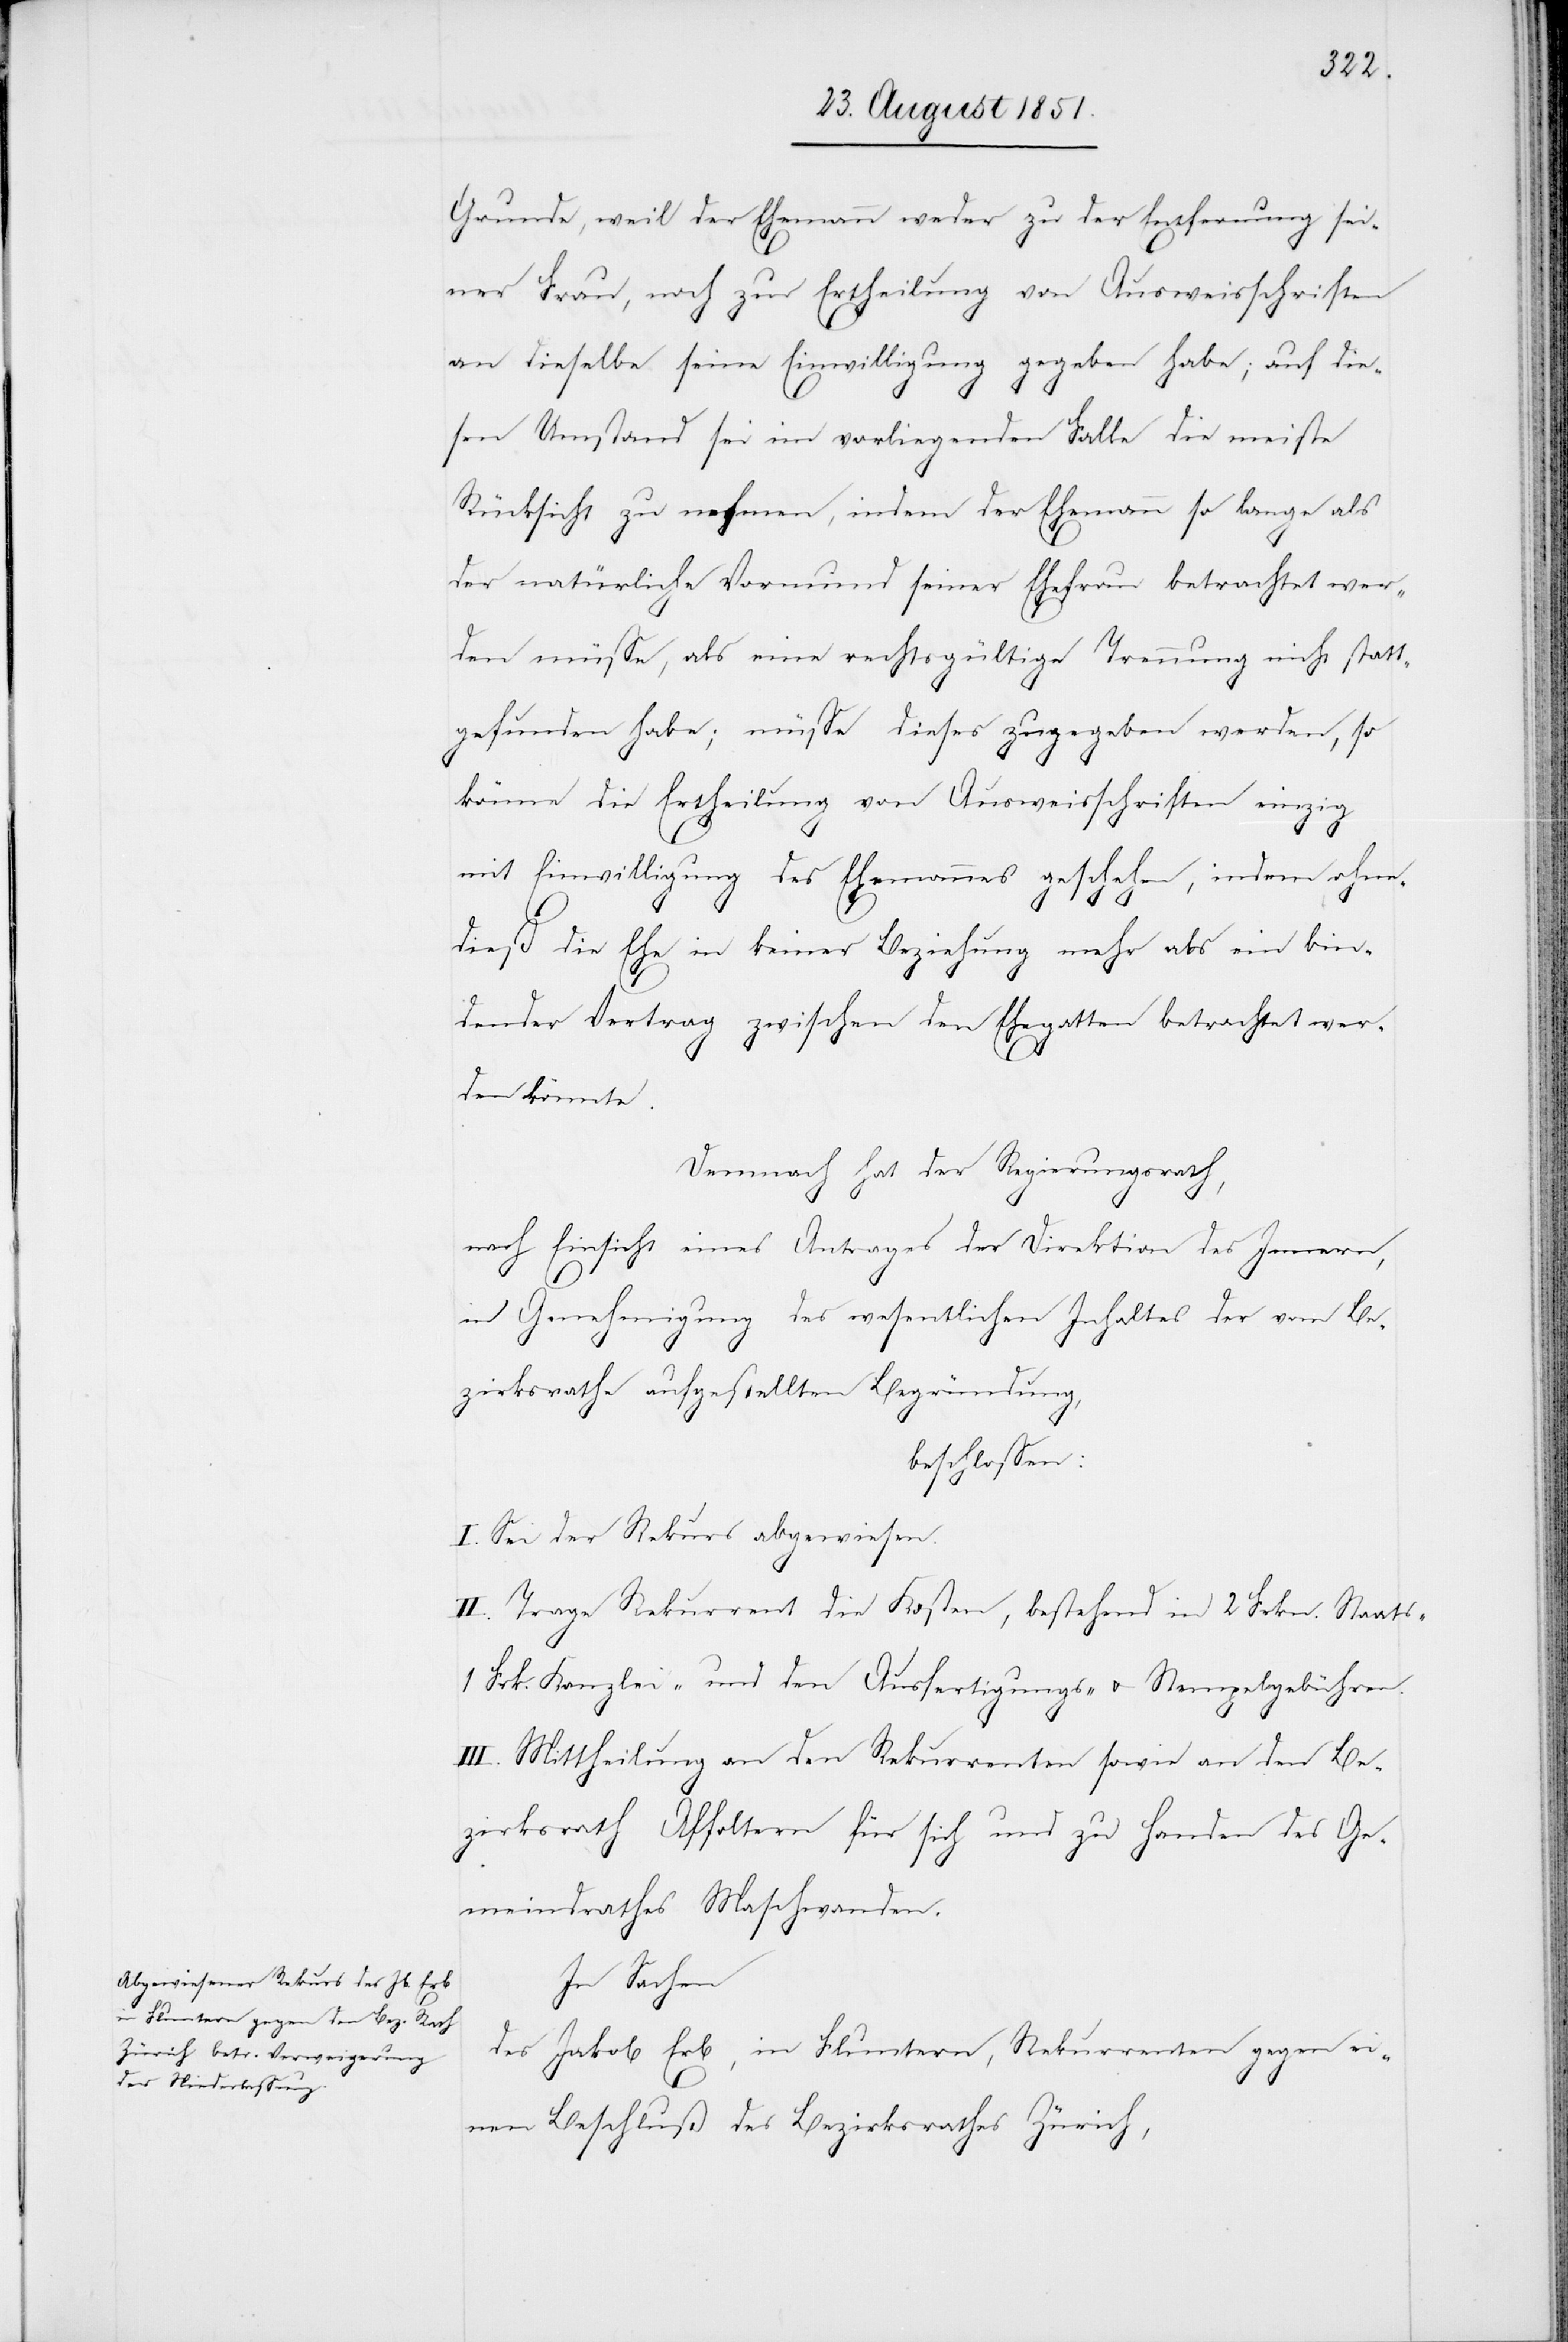
Grunde, weil der Ehemann weder zu der Entfernung sei¬
ner Frau, noch zur Ertheilung von Ausweisschriften
an dieselbe seine Einwilligung gegeben habe; auf die¬
sen Umstand sei im vorliegenden Falle die meiste
Rücksicht zu nehmen, indem der Ehemann so lange als
der natürliche Vormund seiner Ehefrau betrachtet wer¬
den müsse, als eine rechtsgültige Trennung nicht statt¬
gefunden habe; müsse dieses zugegeben werden, so
könne die Ertheilung von Ausweisschriften einzig
mit Einwilligung des Ehemannes geschehen, indem ohne¬
s-[,] 1
dieß die Ehe in keiner Beziehung mehr als ein bin¬
dender Vertrag zwischen den Ehegatten betrachtet wer¬
den könnte.
Demnach hat der Regierungsrath,
nach Einsicht eines Antrages der Direktion des Innern,
in Genehmigung des wesentlichen Inhaltes der vom Be¬
zirksrathe aufgestellten Begründung,
beschlossen:
I. Sei der Rekurs abgewiesen.
II. Trage Rekurrent die Kosten, bestehend in 2 Frkn. Staat¬
Frk. Kanzlei- und den Ausfertigungs- u. Stempelgebühren.
III. Mittheilung an den Rekurrenten sowie an den Be¬
zirksrath Affoltern für sich und zu Handen des Ge¬
meindrathes Maschwanden.
In Sachen
des Jakob Erb, in Fluntern, Rekurrenten gegen ei¬
nen Beschluß des Bezirksrathes Zürich,